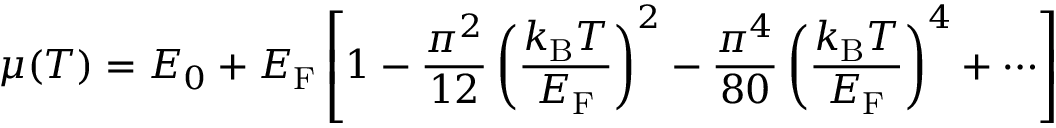
\mu ( T ) = E _ { 0 } + E _ { \mathrm { F } } \left[ 1 - { \frac { \pi ^ { 2 } } { 1 2 } } \left( { \frac { k _ { \mathrm { { B } } } T } { E _ { \mathrm { F } } } } \right) ^ { 2 } - { \frac { \pi ^ { 4 } } { 8 0 } } \left( { \frac { k _ { \mathrm { { B } } } T } { E _ { \mathrm { F } } } } \right) ^ { 4 } + \cdots \right]